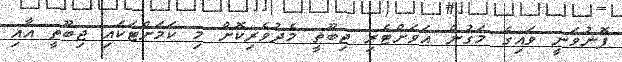
ފޮނުވަނީ ވައިގެ މަގުން އަވަށްޓެރި ޖިބޫތީ މެދުވެރިކޮށް މި ކަމަށްޓަކައި ޖިބޫތީ އާއި